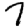
Digit: 7